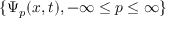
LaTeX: \{ \Psi _ { p } ( x , t ) , - \infty \leq p \leq \infty \}